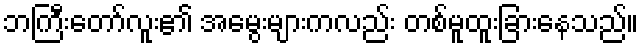
ဘကြီးတော်လူး၏ အမွေးများကလည်း တစ်မူထူးခြားနေသည်။